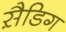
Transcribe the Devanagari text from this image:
स़ैडिग